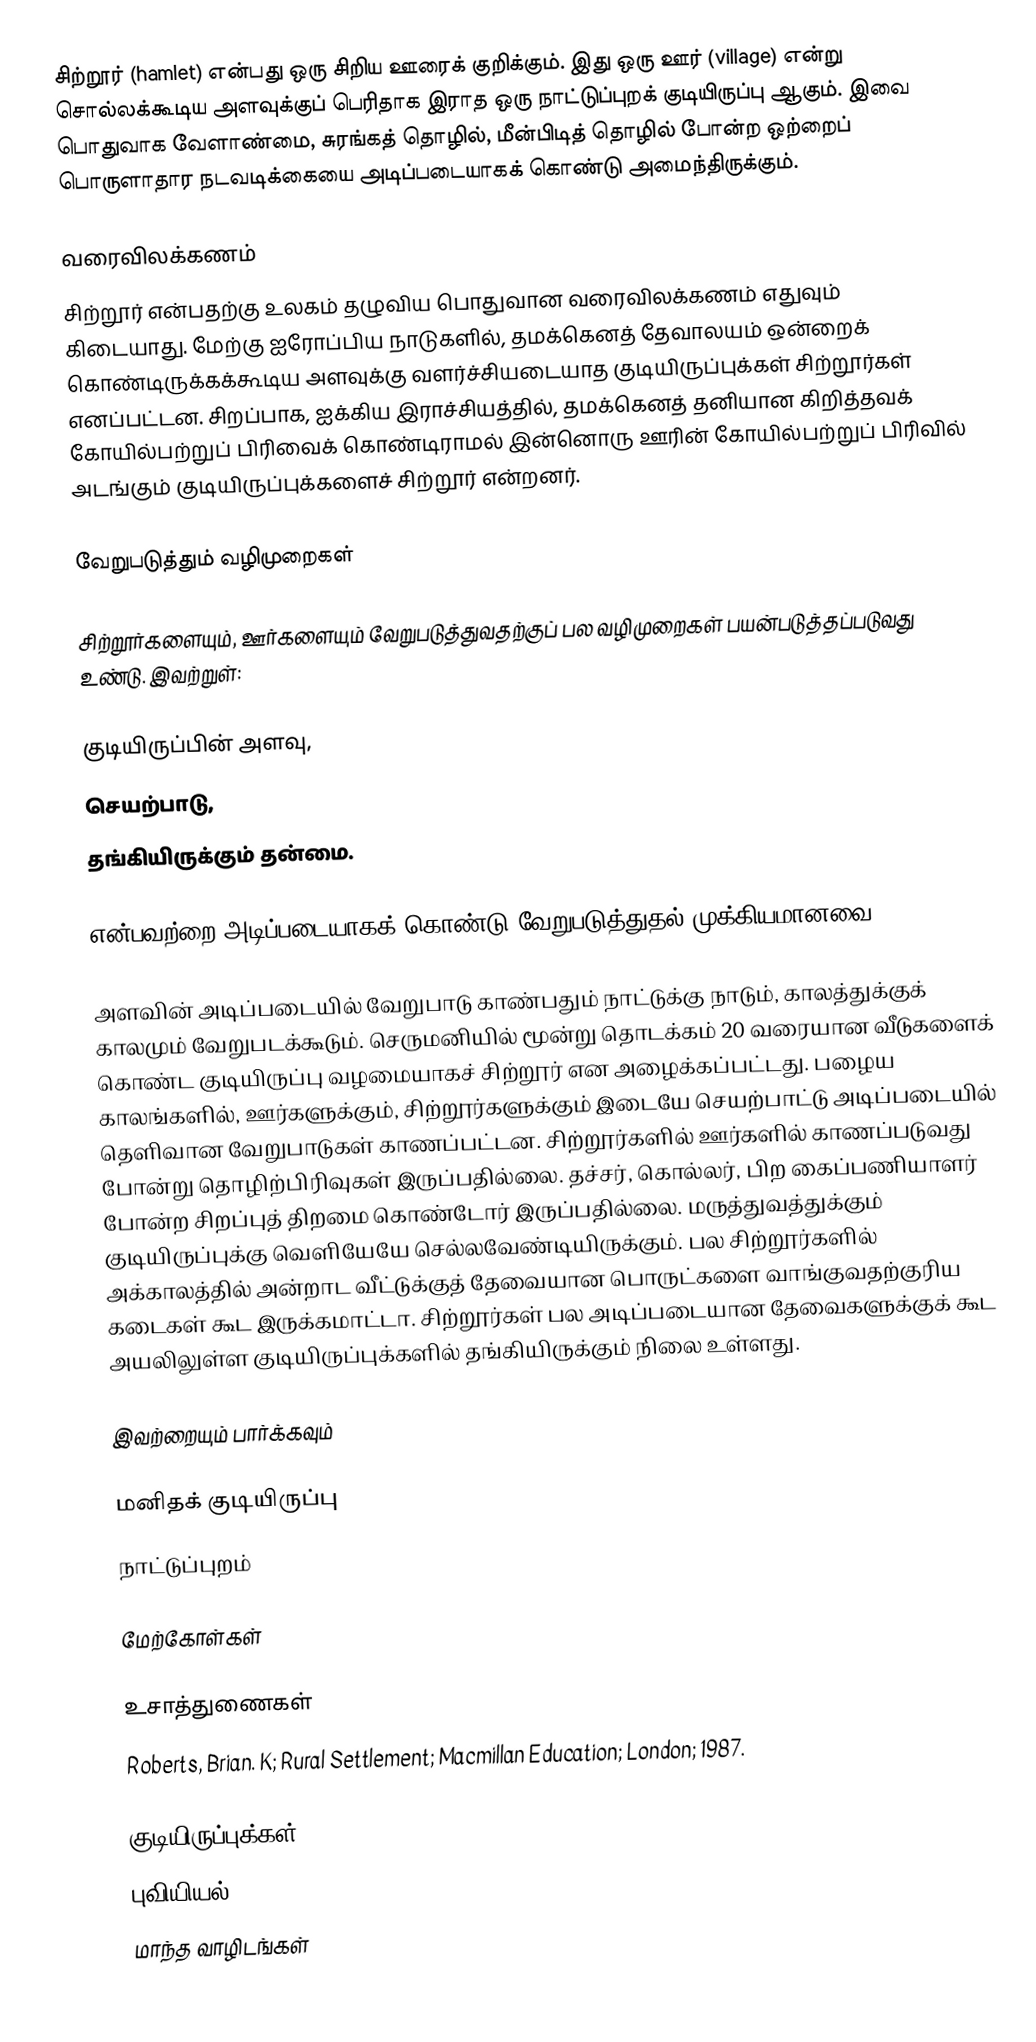
சிற்றூர் (hamlet) என்பது ஒரு சிறிய ஊரைக் குறிக்கும். இது ஒரு ஊர் (village) என்று சொல்லக்கூடிய அளவுக்குப் பெரிதாக இராத ஒரு நாட்டுப்புறக் குடியிருப்பு ஆகும். இவை பொதுவாக வேளாண்மை, சுரங்கத் தொழில், மீன்பிடித் தொழில் போன்ற ஒற்றைப் பொருளாதார நடவடிக்கையை அடிப்படையாகக் கொண்டு அமைந்திருக்கும்.

வரைவிலக்கணம்
சிற்றூர் என்பதற்கு உலகம் தழுவிய பொதுவான வரைவிலக்கணம் எதுவும் கிடையாது. மேற்கு ஐரோப்பிய நாடுகளில், தமக்கெனத் தேவாலயம் ஒன்றைக் கொண்டிருக்கக்கூடிய அளவுக்கு வளர்ச்சியடையாத குடியிருப்புக்கள் சிற்றூர்கள் எனப்பட்டன. சிறப்பாக, ஐக்கிய இராச்சியத்தில், தமக்கெனத் தனியான கிறித்தவக் கோயில்பற்றுப் பிரிவைக் கொண்டிராமல் இன்னொரு ஊரின் கோயில்பற்றுப் பிரிவில் அடங்கும் குடியிருப்புக்களைச் சிற்றூர் என்றனர்.

வேறுபடுத்தும் வழிமுறைகள்

சிற்றூர்களையும், ஊர்களையும் வேறுபடுத்துவதற்குப் பல வழிமுறைகள் பயன்படுத்தப்படுவது உண்டு. இவற்றுள்:

 குடியிருப்பின் அளவு,
 செயற்பாடு,
 தங்கியிருக்கும் தன்மை.

என்பவற்றை அடிப்படையாகக் கொண்டு வேறுபடுத்துதல் முக்கியமானவை.

அளவின் அடிப்படையில் வேறுபாடு காண்பதும் நாட்டுக்கு நாடும், காலத்துக்குக் காலமும் வேறுபடக்கூடும். செருமனியில் மூன்று தொடக்கம் 20 வரையான வீடுகளைக் கொண்ட குடியிருப்பு வழமையாகச் சிற்றூர் என அழைக்கப்பட்டது. பழைய காலங்களில், ஊர்களுக்கும், சிற்றூர்களுக்கும் இடையே செயற்பாட்டு அடிப்படையில் தெளிவான வேறுபாடுகள் காணப்பட்டன. சிற்றூர்களில் ஊர்களில் காணப்படுவது போன்று தொழிற்பிரிவுகள் இருப்பதில்லை. தச்சர், கொல்லர், பிற கைப்பணியாளர் போன்ற சிறப்புத் திறமை கொண்டோர் இருப்பதில்லை. மருத்துவத்துக்கும் குடியிருப்புக்கு வெளியேயே செல்லவேண்டியிருக்கும். பல சிற்றூர்களில் அக்காலத்தில் அன்றாட வீட்டுக்குத் தேவையான பொருட்களை வாங்குவதற்குரிய கடைகள் கூட இருக்கமாட்டா. சிற்றூர்கள் பல அடிப்படையான தேவைகளுக்குக் கூட அயலிலுள்ள குடியிருப்புக்களில் தங்கியிருக்கும் நிலை உள்ளது.

இவற்றையும் பார்க்கவும்

 மனிதக் குடியிருப்பு
 நாட்டுப்புறம்

மேற்கோள்கள்

உசாத்துணைகள்
 Roberts, Brian. K; Rural Settlement; Macmillan Education; London; 1987.

குடியிருப்புக்கள்
புவியியல்
மாந்த வாழிடங்கள்